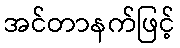
အင်တာနက်ဖြင့်